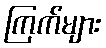
ကြက်များ